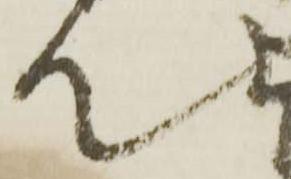
て